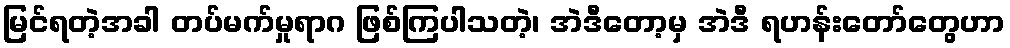
မြင်ရတဲ့အခါ တပ်မက်မှုရာဂ ဖြစ်ကြပါသတဲ့၊ အဲဒီတော့မှ အဲဒီ ရဟန်းတော်တွေဟာ